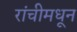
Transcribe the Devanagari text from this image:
रांचीमधून